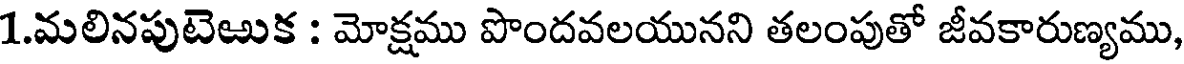
1.మలినపుటెఱుక : మోక్షము పొందవలయునని తలంపుతో జీవకారుణ్యము,